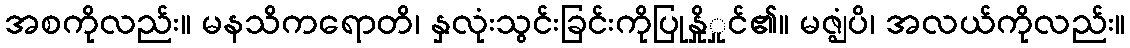
အစကိုလည်း။ မနသိကရောတိ၊ နှလုံးသွင်းခြင်းကိုပြုနှိုှုင်၏။ မဇ္ဈံပိ၊ အလယ်ကိုလည်း။